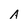
Character: a